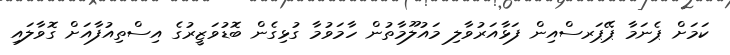
ކަމަށް ޕެނަމާ ޕޭޕަރސްއިން ފަޅާއަރުވާލި މައުލޫމާތުން ހާމަވުމާ ގުޅިގެން ބޮޑުވަޒީރުގެ އިސްތިއުފާއަށް ގޮވާލައި